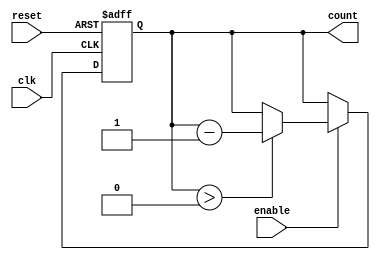
module memory_blocks_down_counter #(
    parameter N = 8 // Parameter for the maximum count value (N)
)(
    input wire clk,       // Clock signal
    input wire reset,     // Asynchronous reset signal
    input wire enable,    // Enable signal for counting
    output reg [N-1:0] count // Current count value in binary format
);

    // Initial count value
    initial begin
        count = N; // Initialize count to N
    end

    // Asynchronous reset and counting logic
    always @(posedge clk or posedge reset) begin
        if (reset) begin
            count <= N; // Reset count to N
        end else if (enable) begin
            if (count > 0) begin
                count <= count - 1; // Decrement count
            end
        end
    end

endmodule